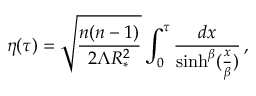
\eta ( \tau ) = \sqrt { \frac { n ( n - 1 ) } { 2 \Lambda R _ { * } ^ { 2 } } } \int _ { 0 } ^ { \tau } { \frac { d x } { \sinh ^ { \beta } ( { \frac { x } { \beta } } ) } } \, ,